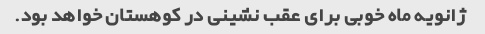
ژانویه ماه خوبی برای عقب نشینی در کوهستان خواهد بود.